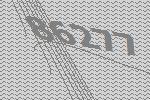
86277